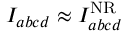
{ I _ { a b c d } \approx I _ { a b c d } ^ { \mathrm { N R } } }